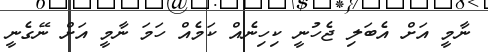
ނާމީ އަށް އެބަލި ޖެހުނީ ކިހިނެއް ކަމެއް ހަމަ ނާމީ އަށް ނޭގެނީ